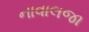
નાવાલજા